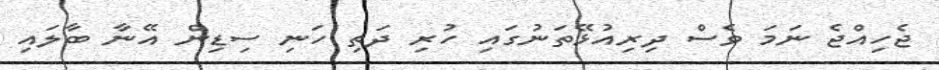
ޖެހިއްޖެ ނަމަ ވެސް ދިރިއުޅޭތަނުގައި ހުރި ދަތި ހަނި ސިޑިން އޭނާ ބާލައި